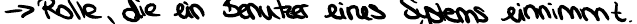
-> Rolle, die ein Benutzer eines Systems einnimmt